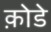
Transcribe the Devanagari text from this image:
क़ोडे